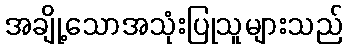
အချို့သောအသုံးပြုသူများသည်